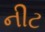
નીટ